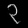
Digit: ၃